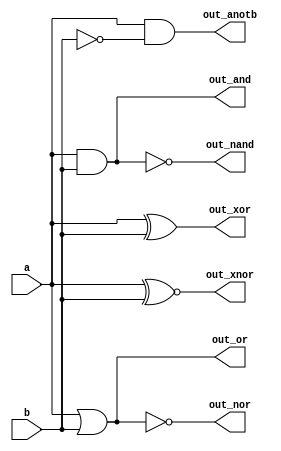
module top_module( 
    input a, b,
    output out_and,
    output out_or,
    output out_xor,
    output out_nand,
    output out_nor,
    output out_xnor,
    output out_anotb
);
    always @(*) begin
      out_and=a&&b;
      out_or=a||b;
      out_xor=a^b;
      out_nand=~(a&&b);
      out_nor=~(a||b);
      out_xnor=a~^b;
      out_anotb=a&&(~b);
    end
endmodule